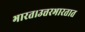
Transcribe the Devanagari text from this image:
भारत।उत्तरभारतात